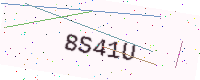
Text: 8S41U